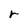
Character: r